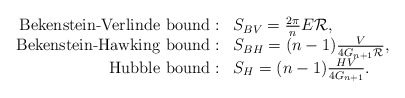
\begin{align*}\begin{array}{rl}\mbox{Bekenstein-Verlinde bound}: &S_{ BV}=\frac{2\pi}{n}E {\cal R}, \\\mbox{Bekenstein-Hawking bound}: &S_{ BH}=(n-1)\frac{V}{4G_{n+1}{\cal R}}, \\\mbox{Hubble bound}: &S_{ H}=(n-1)\frac{HV}{4G_{n+1}}.\end{array}\end{align*}